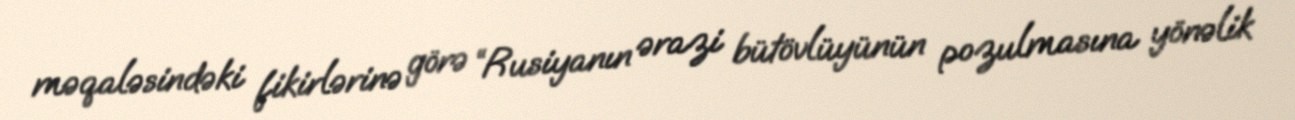
məqaləsindəki fikirlərinə görə “Rusiyanın ərazi bütövlüyünün pozulmasına yönəlik